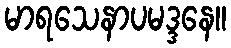
မာရသေနာပမဒ္ဒနေ။